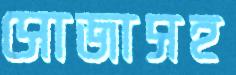
সোজাসহ